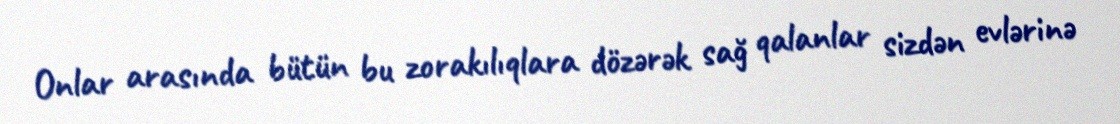
Onlar arasında bütün bu zorakılıqlara dözərək sağ qalanlar sizdən evlərinə